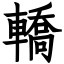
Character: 轎